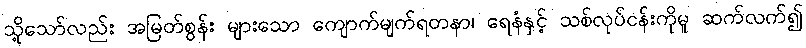
သို့သော်လည်း အမြတ်စွန်း များသော ကျောက်မျက်ရတနာ၊ ရေနံနှင့် သစ်လုပ်ငန်းကိုမူ ဆက်လက်၍